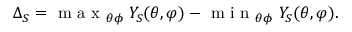
\Delta _ { S } = { \mathrm { ~ m ~ a ~ x ~ } _ { \theta \phi } \; Y _ { S } ( \theta , \varphi ) } - { \mathrm { ~ m ~ i ~ n ~ } _ { \theta \phi } \; Y _ { S } ( \theta , \varphi ) } .